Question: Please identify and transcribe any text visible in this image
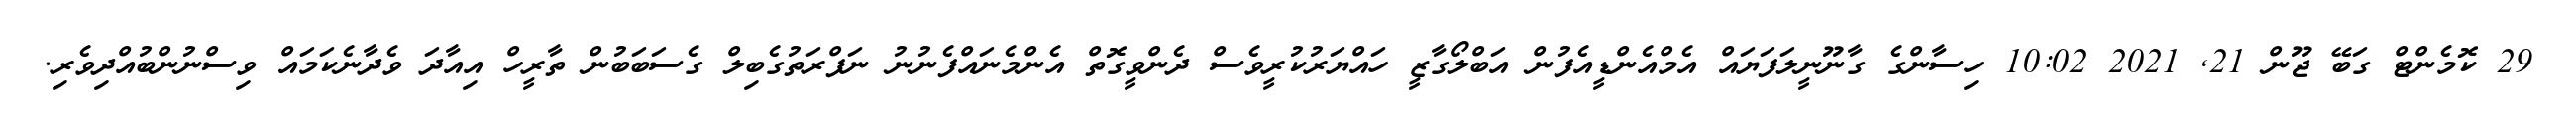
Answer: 29 ކޮމެންޓް ގަބޭ ޖޫން 21, 2021 10:02 ހިސާންގެ ގާނޫނީލަފަޔައް އެމްއެންޑީއެފުން އަބްލޯގާޒީ ހައްޔަރުކުރީވެސް ދެންވީގޮތް އެންމެނައްފެނުނު ނަފްރަތުގެބިލް ގެސަބަބުން ތާރީހް އިއާދަ ވެދާނެކަމައް ވިސްނުންބުއްދިވެރި.